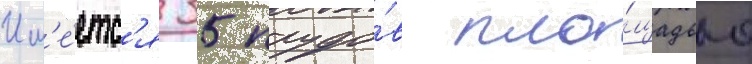
Им'е́етс'я 35 прудо́в пло́щадью